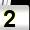
Digit: 2